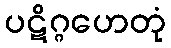
ပဋိဂ္ဂဟေတုံ